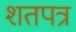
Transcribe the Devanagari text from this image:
शतपत्र